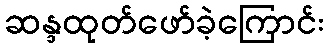
ဆန္ဒထုတ်ဖော်ခဲ့ကြောင်း